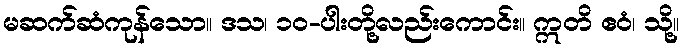
မဆက်ဆံကုန်သော။ ဒသ၊ ၁၀-ပါးတို့လည်းကောင်း။ ဣတိ ဧဝံ၊ သို့။